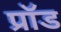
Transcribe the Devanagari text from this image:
प्रॉड